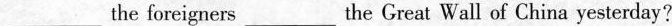
___the foreigners___the Great Wall of China yesterday?